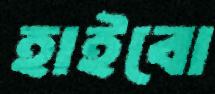
হাইবো